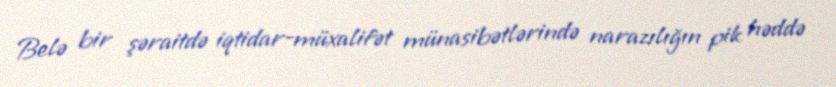
Belə bir şəraitdə iqtidar-müxalifət münasibətlərində narazılığın pik həddə